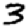
Digit: 3